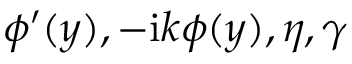
\phi ^ { \prime } ( y ) , - \mathrm { i } k \phi ( y ) , \eta , \gamma